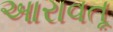
આરાવતૂ